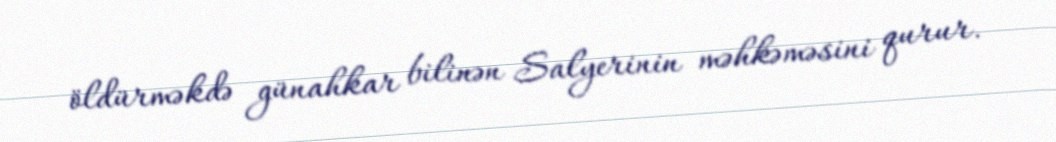
öldürməkdə günahkar bilinən Salyerinin məhkəməsini qurur.